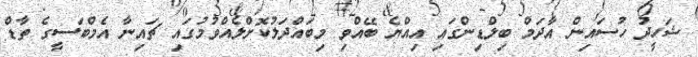
ޝަހީދު ހުސައިން އާދަމް ބިލްޑިންގައި އިއްޔެ ބޭއްވި މިބައްދަލުކޮށްލެއްވުމުގައި ޗައިނާ އެމްބަސީގެ ތާޑް